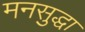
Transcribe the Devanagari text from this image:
मनसुद्धा